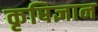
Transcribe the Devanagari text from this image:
कृषिज्ञान